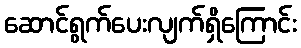
ဆောင်ရွက်ပေးလျက်ရှိကြောင်း